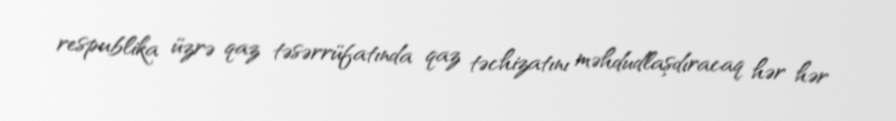
respublika üzrə qaz təsərrüfatında qaz təchizatını məhdudlaşdıracaq hər hər